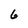
Character: 6